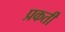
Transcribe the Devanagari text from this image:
प्रकर्ती